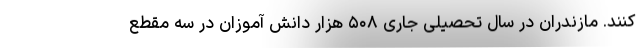
کنند. مازندران در سال تحصیلی جاری ۵۰۸ هزار دانش آموزان در سه مقطع